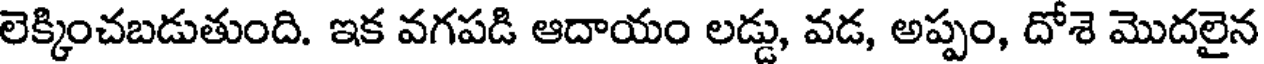
లెక్కించబడుతుంది. ఇక వగపడి ఆదాయం లడ్డు, వడ, అప్పం, దోశె మొదలైన